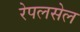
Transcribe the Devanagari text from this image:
रेपलसेल